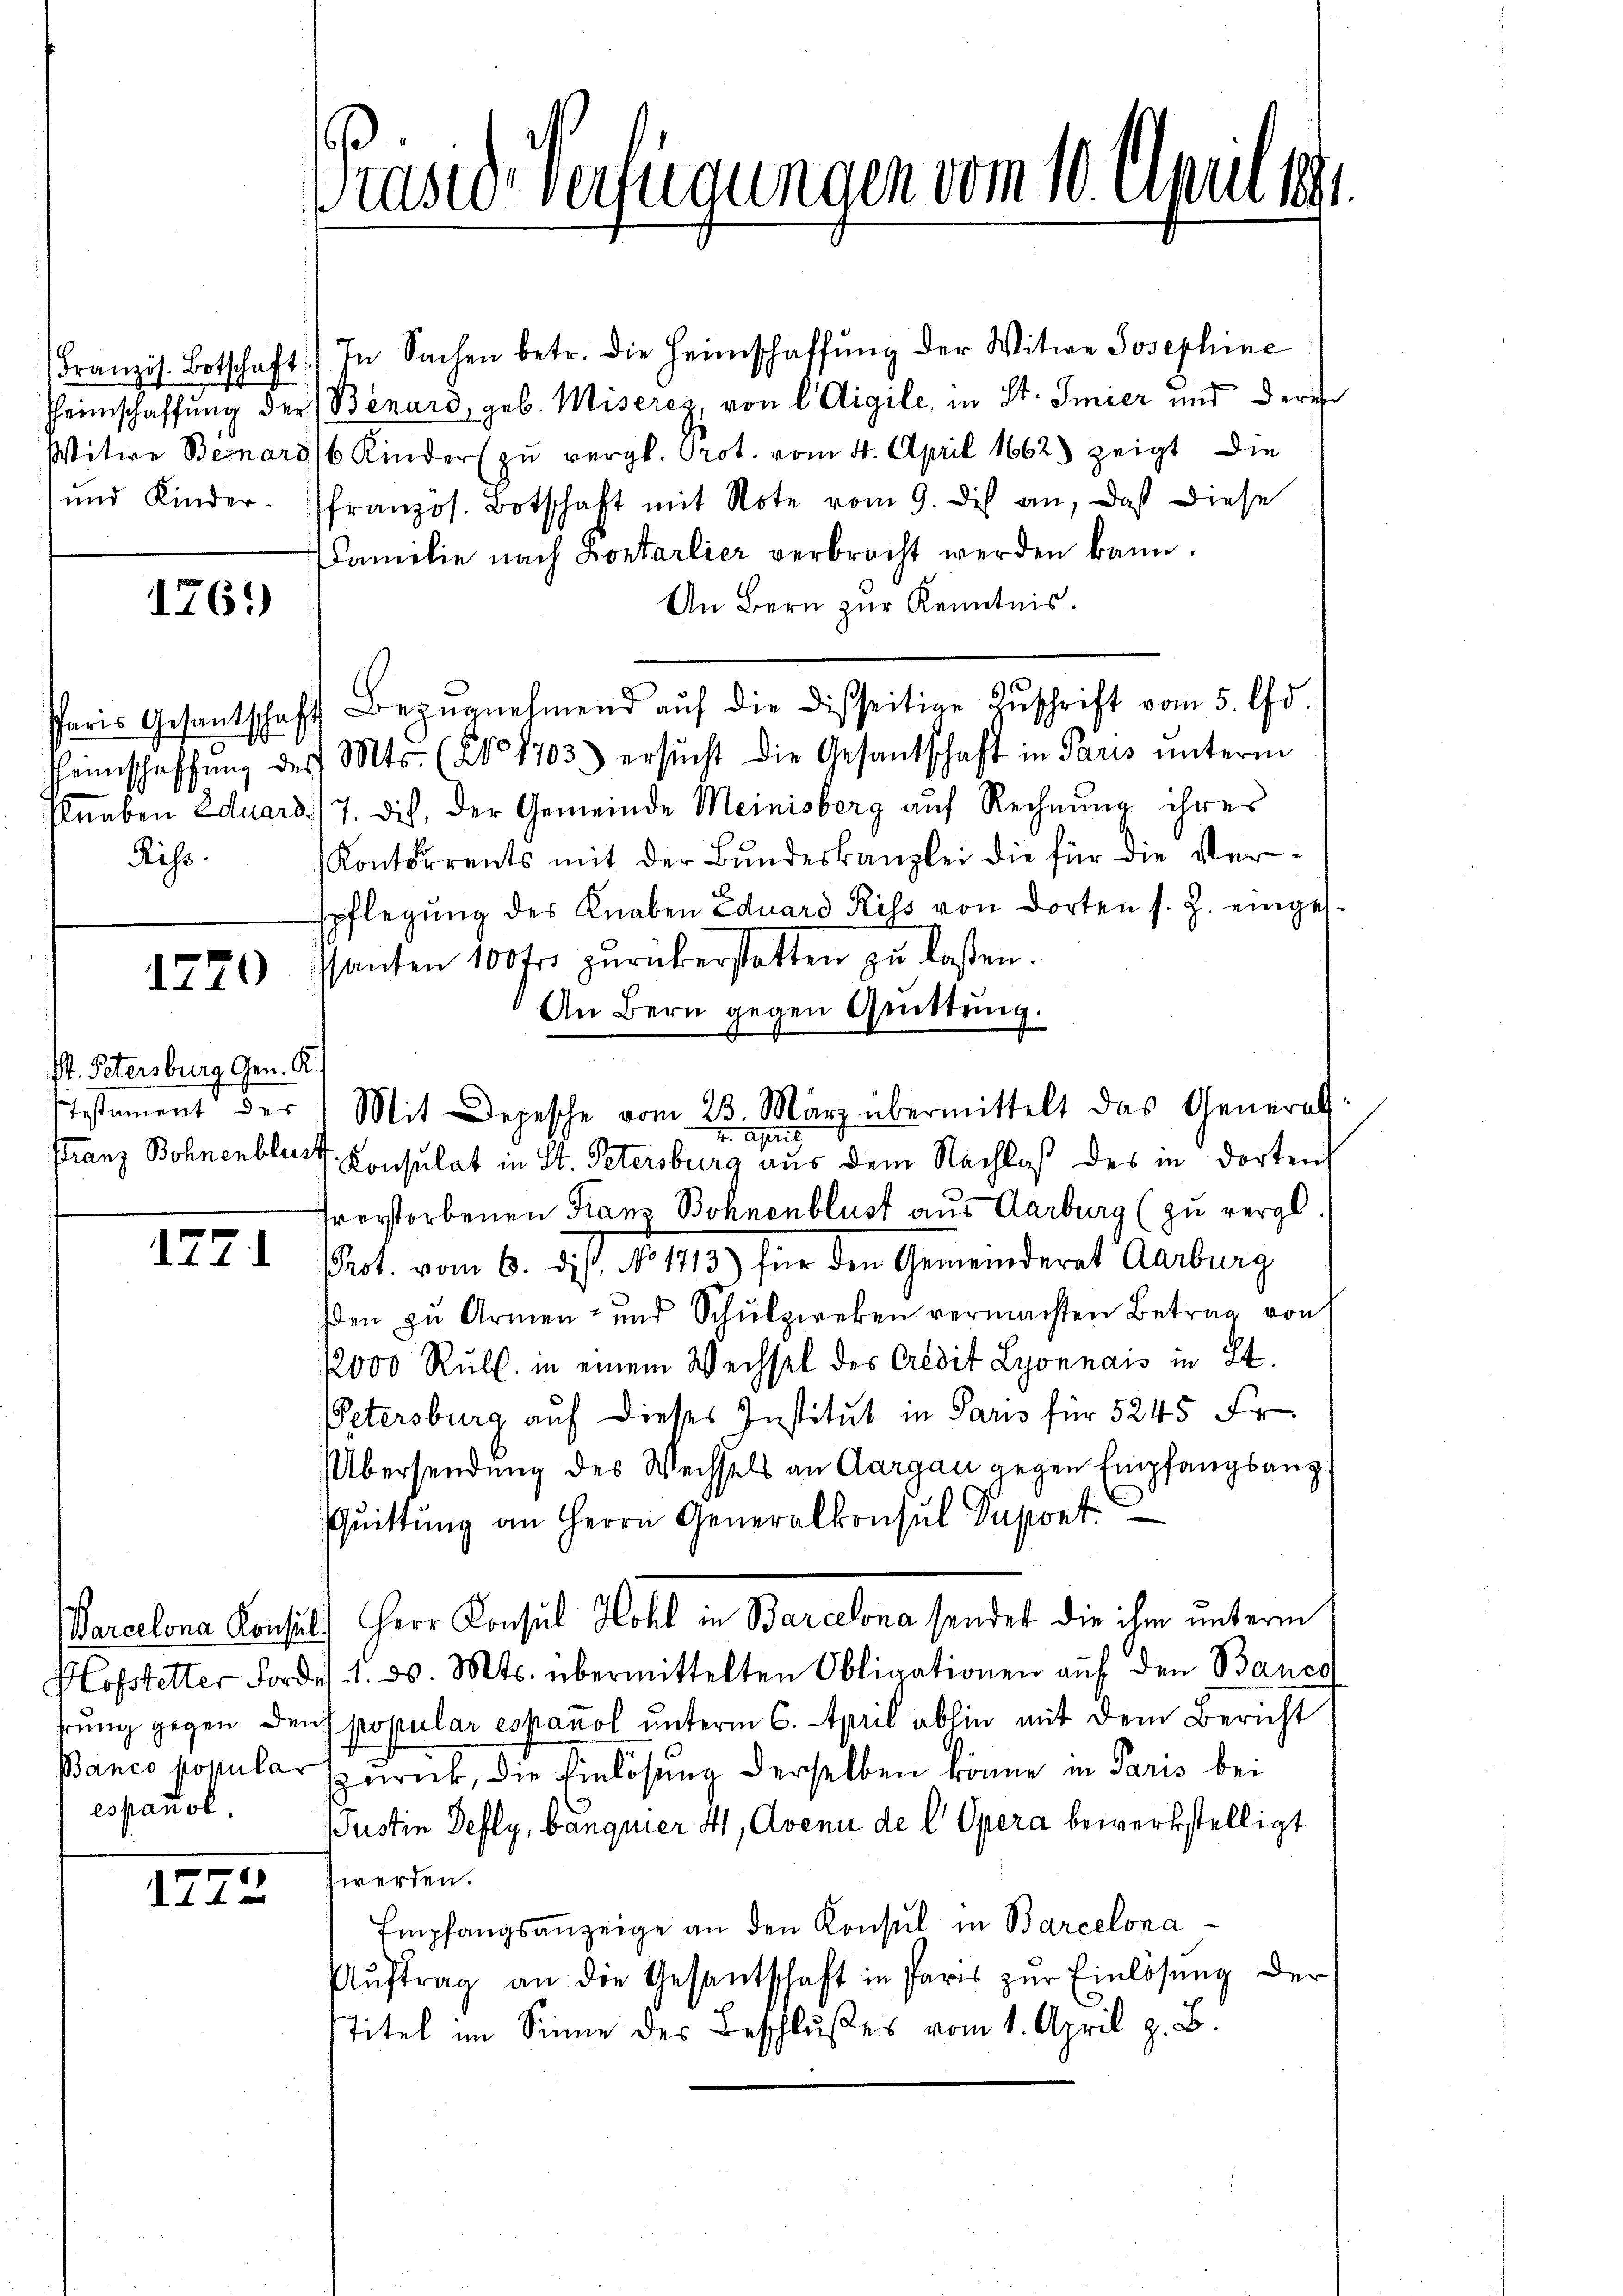
1761)

Riss.

S. Petersburg Gen. A.)
ttestament der

espaniol.

1772

Französ. Botschaft) In Sachen betr. die Heimschaffŭng der Witwe Josephine
Heimschaffung der Benard, geb. Miserez, von l Vigile, in St. Smier und dere
Witwe Bernard/6 Kinder zu vergl. Prot. vom 4. April 1862) zeigt die
ŭnd Kinder französ. Botschaft mit Note vom 9. di an, daß diese
Familie nach Kontarlier verbracht werden kann.
An Bern zur Kenntnis.
Paris Gesantschaft Bezŭgnehmend aŭf die disseitige Zŭschrift vom 5. Od
Teinschaffŭng des Mts. (Ao 1703) ersŭcht die Gesandschaft in Paris ŭnterm
Knaben Eduard 7. Dich, der Gemeinde Meinisberg auf Rechnung ihres
Kontorrents mit der Bundeskanzlei die für die Verspflegung des Knaben Eduard Riss von dorten s. Z. einges.
1221) Phanten 100fr. zurükerstatten zu laßen.
An Bern gegen Quittung.
Mit Depesche vom 23. März übermittelt das General-
4. April
Franz Bohnenblust Consulat in St. Petersburg aus dem Nachlaß des in dorten
sverstorbenen Franz Bohnenblust aus Aarburg (zu vergl
177 d Pct. vom 6. d. s. No 1413) für den Gemeinderat Aarburg
en zu Armen- und Schulzweken vermachten Betrag von
12000 Rull. in einem Wechsel des Credit Lyonnais in St.
Petersburg auf dieses Institut in Paris für 5245 Fr
Übersendung des Wechsels an Aargau gegen Empfangsang
Quittung an Herrn Generalkonsul Supont
arcelona Konsul Herr Consul Hohl in Barcelona sendet die ihm unterm
Hofstetter Fordes 1. d. Mts. übermittelten Obligationen aŭf den Baues
hrung gegen dens popular espanol unterm 6. April abhin mit dem Bericht
Banco popular zurück, die Einlösung derselben könne in Paris bei
Justin Defly, bäugner 4, Avenu de l. Opera bewerkstelligt
werden.
Empfangsanzeige an den Konsul in Barcelona¬
Aŭftrag an die Gesantschaft in Paris zŭr Einlösung der
stitel im Sinne des Beschlußes vom 1. April z. B.

Präses Verfügungen vom 10. Aprill